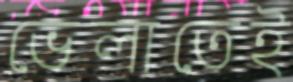
ভেলাতেই